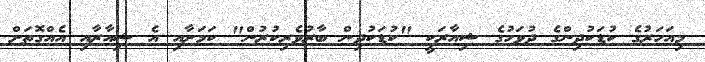
މިއަހަރުގެ ކުޑަކުދިންގެ ދުވަހުގެ ޝިއާރަކީ "ކުޑަކުދިން ބާރުވެރިކުރުން" ކަމަށާއި އެ ޝިއާރާއި އެއްގޮތަށް